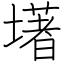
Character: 墸